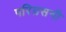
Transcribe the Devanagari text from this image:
परिग्रसनी